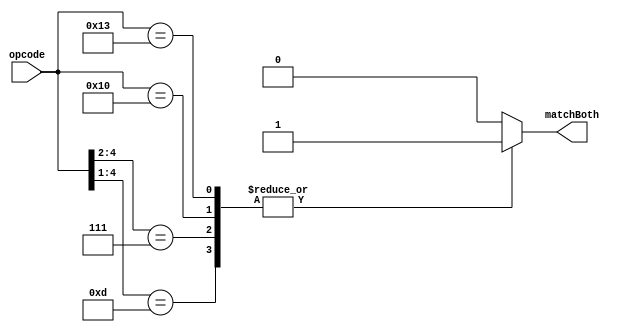
module match_both(opcode, matchBoth);
    input [4:0] opcode;
    output matchBoth;
    reg matchBoth;

always @ (opcode)
begin
    casex(opcode)
      5'b01xxx:
      begin
        matchBoth <= 1'b0;
      end
      5'b11001:
      begin
        matchBoth <= 1'b0;
      end
      5'b101xx:
      begin
        matchBoth <= 1'b0;
      end
      5'b001x1:
      begin
        matchBoth <= 1'b0;
      end
      5'b1101x:
      begin
        matchBoth <= 1'b1;
      end
      5'b111xx:
      begin
        matchBoth <= 1'b1;
      end
      5'b10000:
      begin
        matchBoth <= 1'b1;
      end
      5'b10001:
      begin
        matchBoth <= 1'b0;
      end
      5'b10011:
      begin
        matchBoth <= 1'b1;
      end
      5'b10010:
      begin
        matchBoth <= 1'b0;
      end
   
     
      default:
      begin
        matchBoth <= 1'b0;
      end
    endcase
end
endmodule